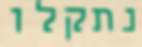
נתקלו